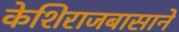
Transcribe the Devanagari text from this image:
केशिराजबासाने